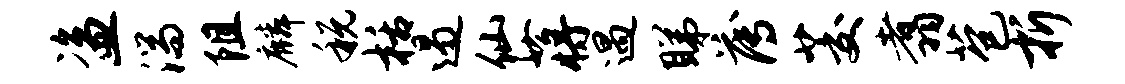
盗湍阻麟税栝遏仙蒋遇睇薄茭翥苞折